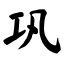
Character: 巩